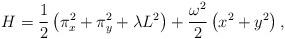
LaTeX: \begin{align*}H=\frac{1}{2} \left(\pi_x^2 + \pi_y^2 + \lambda L^2 \right) +\frac{\omega^2}{2} \left( x^2 + y^2 \right),\end{align*}